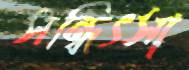
সন্ধিৎসা